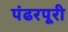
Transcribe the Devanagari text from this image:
पंढरपूरी